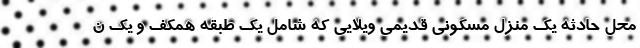
محل حادثه یک منزل مسکونی قدیمی ویلایی که شامل یک طبقه همکف و یک ن